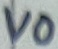
Text: V0